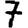
Digit: 7